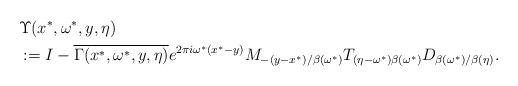
LaTeX: \begin{align*}& \Upsilon (x^\ast,\omega^\ast,y,\eta) \\& := I-\overline{\Gamma(x^\ast,\omega^\ast,y,\eta)}e^{2\pi i\omega^\ast(x^\ast-y)} M_{-(y-x^\ast)/\beta(\omega^\ast)}T_{(\eta-\omega^\ast)\beta(\omega^\ast)} D_{\beta(\omega^\ast)/\beta(\eta)}.\end{align*}